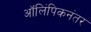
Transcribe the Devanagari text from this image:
ऑलिंपिकनंतर